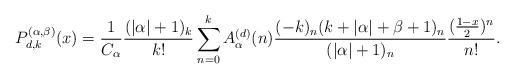
LaTeX: \begin{align*} P^{(\alpha,\beta)}_{d,k}(x)=\frac{1}{C_{\alpha}}\frac{(|\alpha|+1)_k}{k!}\sum^{k}_{n=0}A^{(d)}_{\alpha}(n)\frac{(-k)_n(k+|\alpha|+\beta+1)_n}{(|\alpha|+1)_n}\frac{(\frac{1-x}{2})^n}{n!}.\end{align*}